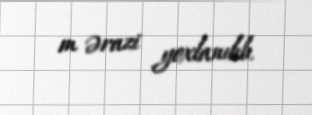
m ərazi yoxlanılıb.